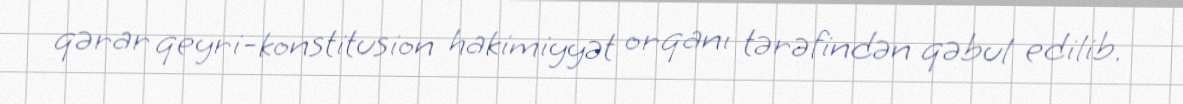
qərar qeyri-konstitusion hakimiyyət orqanı tərəfindən qəbul edilib.